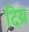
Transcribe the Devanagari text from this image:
दिय्र